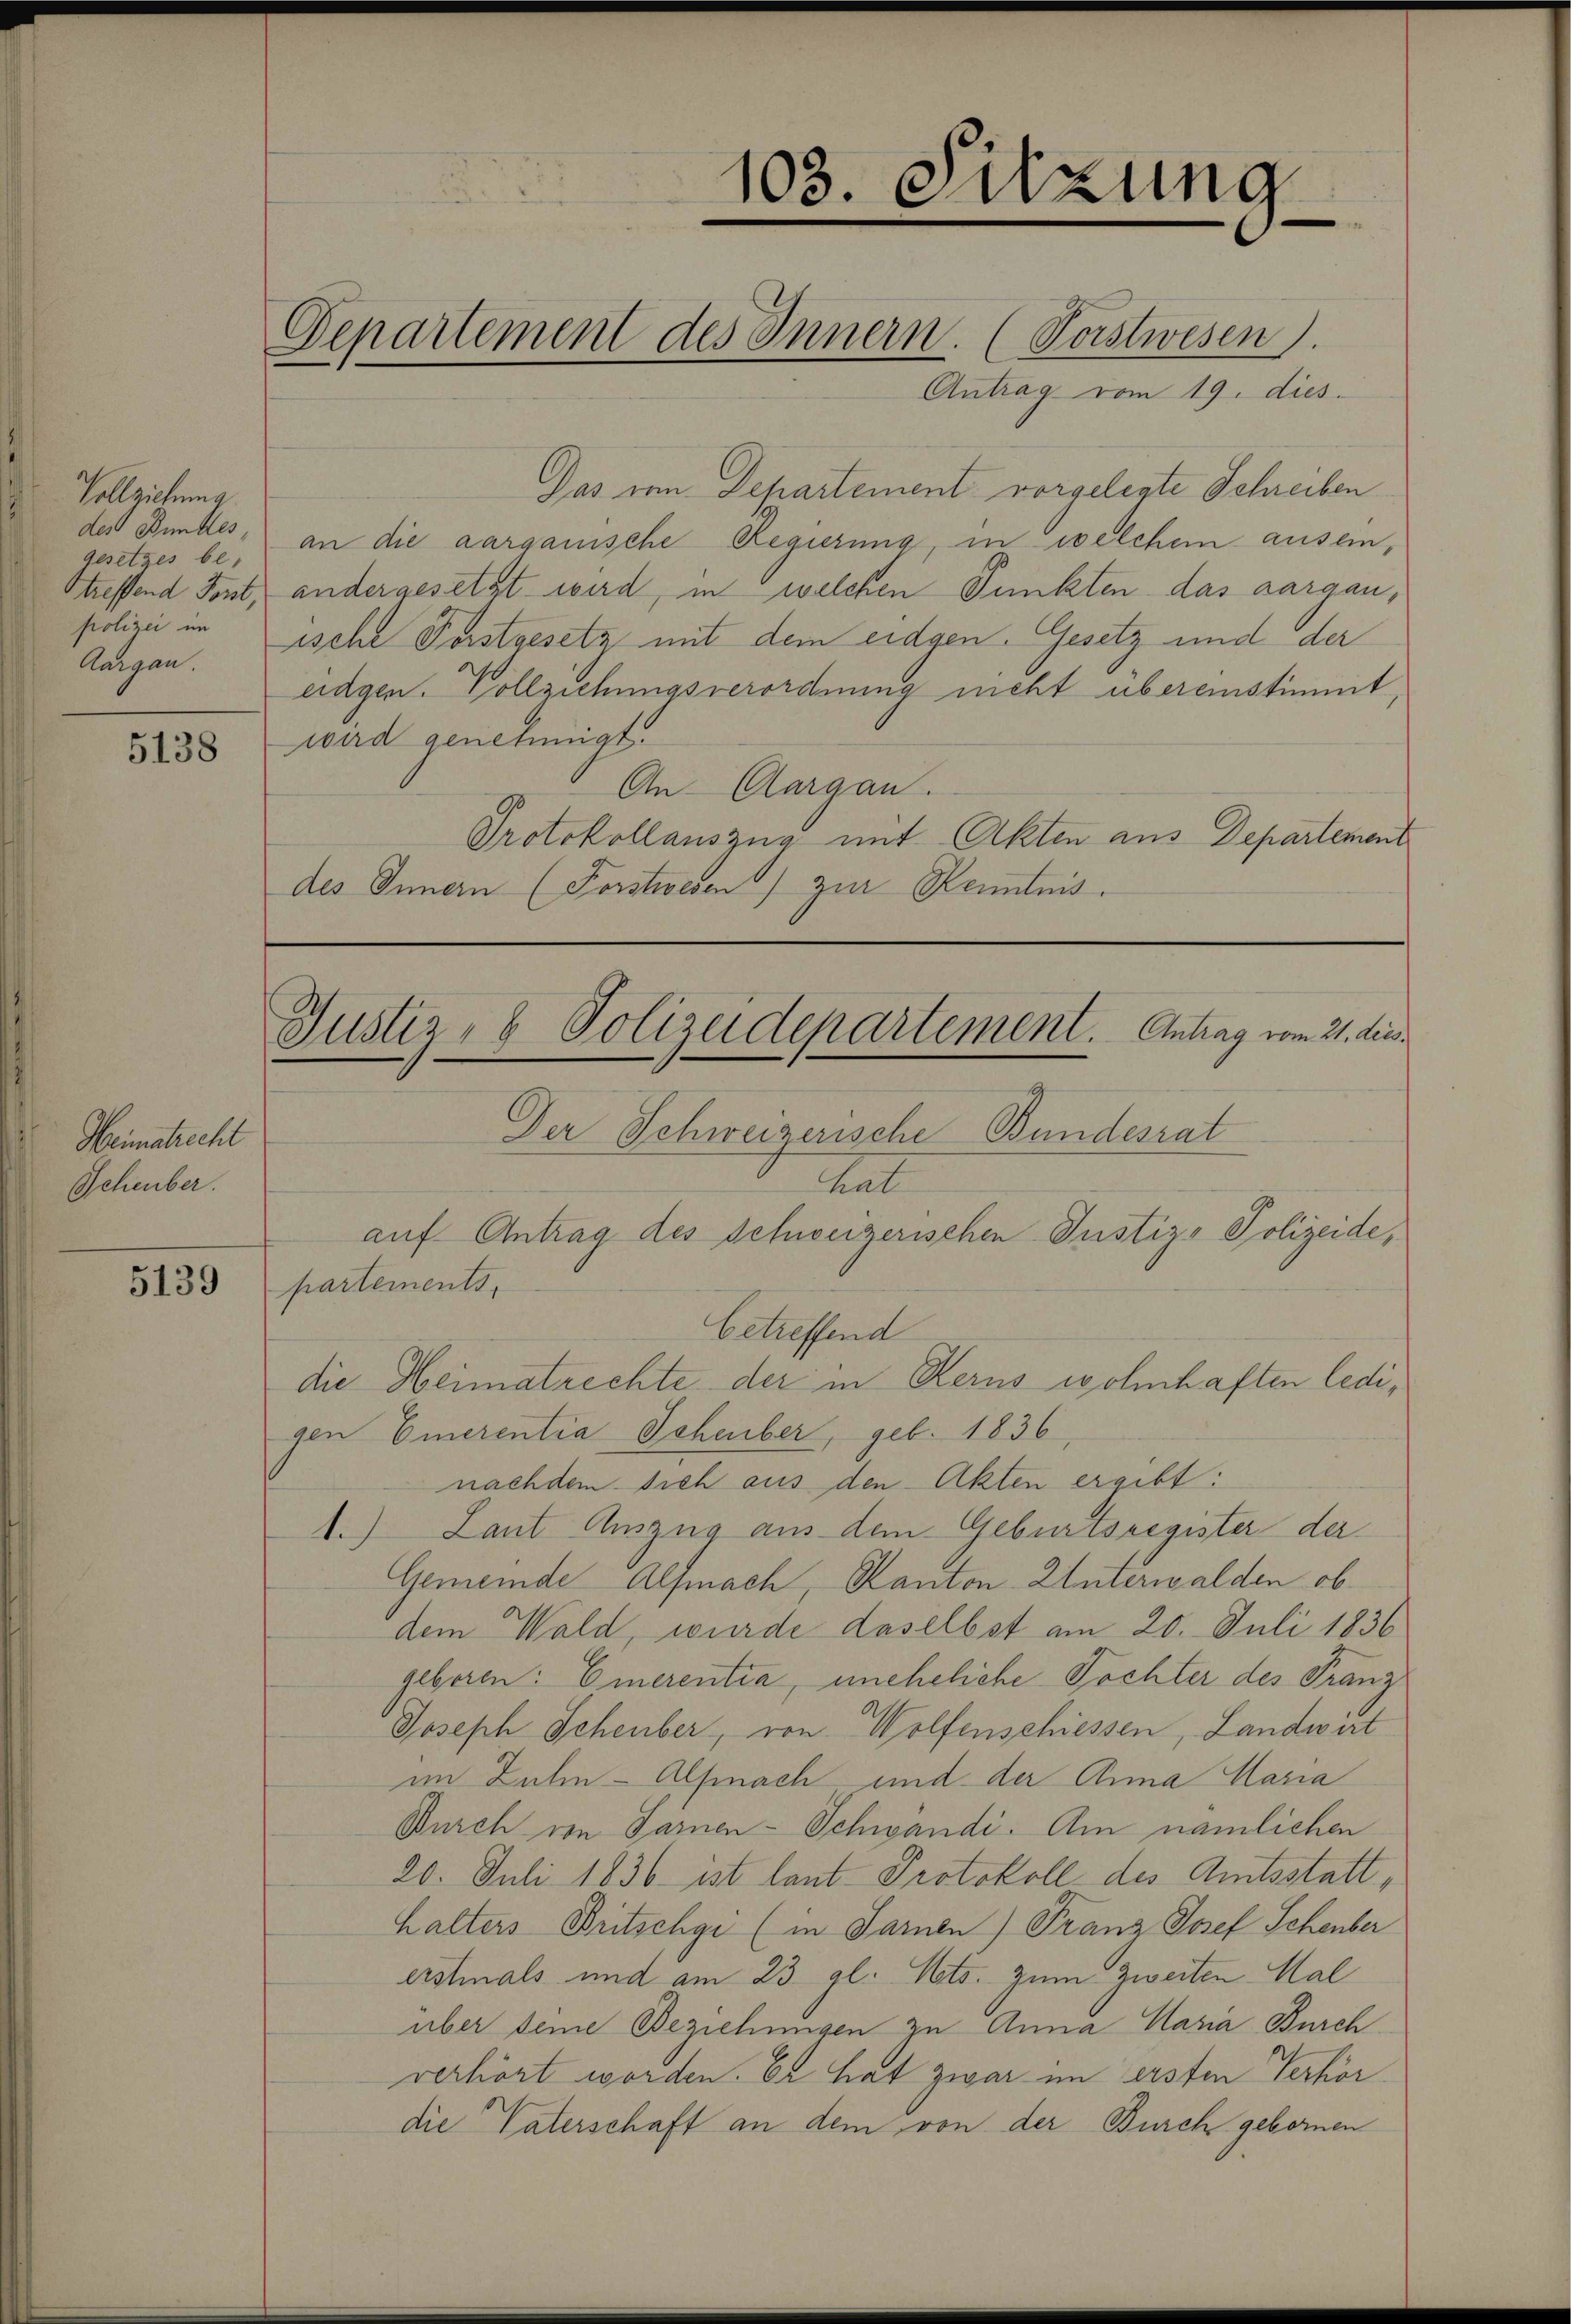
Vollziehung
des Bundes,
gesetzes be-
Streffend Forst
polizei im
Aargau.

5138

Weimatrecht
Scheuber.

5139

103. Sitzung

Departement des Innern. (Vorstwesen

Antrag vom 19. dies
Das im Departement vorgelegte Schreiben
an die aargauische Regierung, in welchem auseinandergesetzt wird, in welchen Punkten das aargau,
ische Forstgesetz mit dem eidgen. Gesetz und der
eidgen. Vollziehungsverordnung nicht übereinstimmt,
wird genehmigt.
An Aargau.
Protokollauszug mit Akten aus Departement
des Innern (Forstwesen) zur Kenntnis.

Justiz- & Polizeidepartement. Antrag vom 21. dies.

Der Schweizerische Bundesrat
tat
auf Antrag des Schweizerischen Justiz- Polizeide,
partements,
betreffend
die Heimatrechte der in Kerns wohnhaften ledigen Emerentia Scheuber, geb. 1836,
nachdem sich aus den Akten ergibt:
1.) Laut Auszug aus dem Geburtsregister der
Gemeinde Alfmach, Kanton Unterwalden ob
dem Wald, wurde daselbst am 20. Juli 1836
geboren: Emerentia, uneheliche Tochter des Franz
Joseph Scheuber, von Wolfenschiessen, Landwirt
im Zuhn-Alfmnach und der Anna Maria
Durch von Sarnen-Schwandi. Am nämlichen
20. Juli 1836 ist laut Protokoll des Amtsstatt,
halters Britschgi (in Sarnen) Franz Josef Schenber
erstmals und am 23. gl. Mts. zum Zweiten Mal
über deine Beziehungen zu Anna Maria Burch
verhört worden. Er hat zwar im ersten Verhördie Vaterschaft an dem von der Burch gebornen